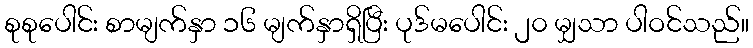
စုစုပေါင်း စာမျက်နှာ ၁၆ မျက်နှာရှိပြီး ပုဒ်မပေါင်း ၂၀ မျှသာ ပါဝင်သည်။